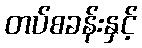
တပ်စခန်းနှင့်